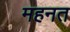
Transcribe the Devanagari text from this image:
महनत